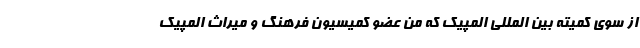
از سوی کمیته بین المللی المپیک که من عضو کمیسیون فرهنگ و میراث المپیک